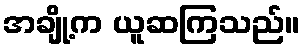
အချို့က ယူဆကြသည်။